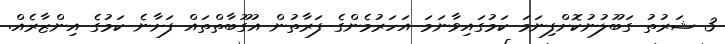
3 ޝަރުތު ގަބޫލުނުކޮށްފިނަމަ ކަމުގައިވާނަމަ އަހަރުމެންގެ ފަރާތުން އުގޫބާތްތައް ފަށާނެ ކަމުގެ އިންޒާރެއް.